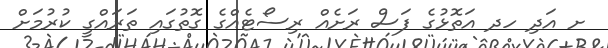
ށ އަދި ހދ އަތޮޅުގެ ފަސް ރަށެއް ރިސޯޓެއްގެ ގޮތުގައި ތަރައްގީ ކުރުމަށް